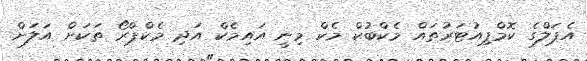
އެޕަލްގެ ކޮމްޕިއުޓަރުތައް މެކްބުކް މެކް މިނީ އައިމެކް އަދި މެކްޕްރޯ ތަކަށް އަލަށް